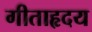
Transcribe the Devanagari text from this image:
गीताहृदय